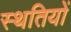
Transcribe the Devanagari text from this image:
स्‍थतियों